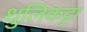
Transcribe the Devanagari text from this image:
धुलिकट्टा